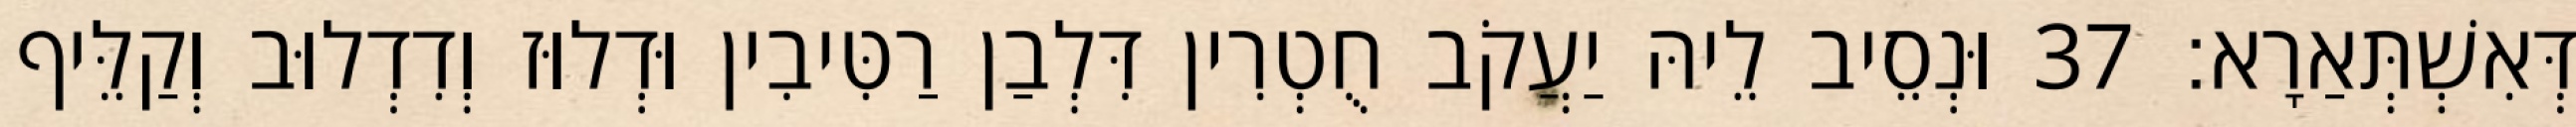
דְּאִשְׁתְּאַרָא׃ 37 וּנְסֵיב לֵיהּ יַעֲקֹב חֻטְרִין דִּלְבַן רַטִּיבִין וּדְלוּז וְדִדְלוּב וְקַלֵּיף